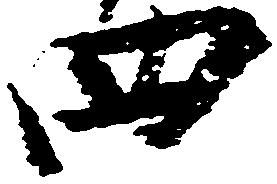
四